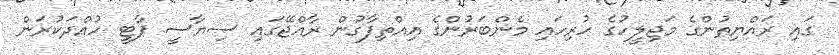
ގައި ރައްޔިތުންގެ މަޖިލީހުގެ ހުރިހައި މެންބަރުންގެ އިއްތިފާގުން ރާއްޖޭގައި ސިޔާސީ ޕާޓީ ހުއްދަކުރަން